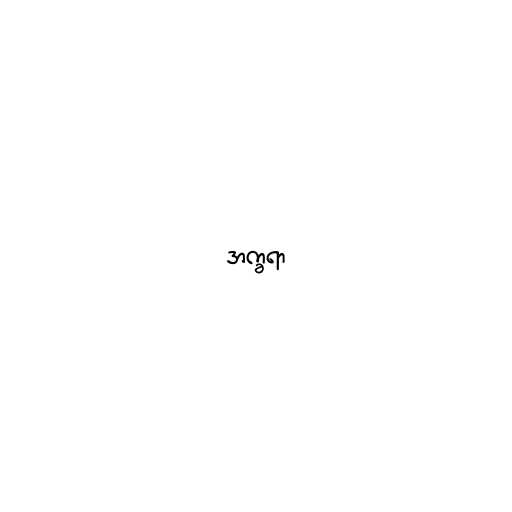
အက္ခရာ